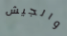
والجيش